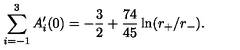
\sum _ { i = - 1 } ^ { 3 } A _ { i } ^ { \prime } ( 0 ) = - { \frac { 3 } { 2 } } + { \frac { 7 4 } { 4 5 } } \ln ( r _ { + } / r _ { - } ) .